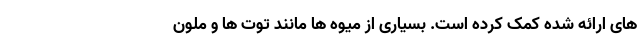
های ارائه شده کمک کرده است. بسیاری از میوه ها مانند توت ها و ملون